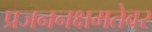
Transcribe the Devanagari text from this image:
प्रजननक्षमतेवर